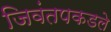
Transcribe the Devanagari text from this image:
जिवंतपकडले